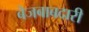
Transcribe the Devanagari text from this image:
बेजबाबदारी